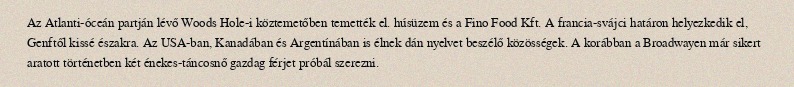
Az Atlanti-óceán partján lévő Woods Hole-i köztemetőben temették el. húsüzem és a Fino Food Kft. A francia-svájci határon helyezkedik el, Genftől kissé északra. Az USA-ban, Kanadában és Argentínában is élnek dán nyelvet beszélő közösségek. A korábban a Broadwayen már sikert aratott történetben két énekes-táncosnő gazdag férjet próbál szerezni.